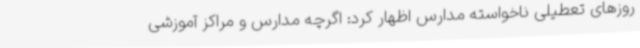
روزهای تعطیلی ناخواسته مدارس اظهار کرد: اگرچه مدارس و مراکز آموزشی